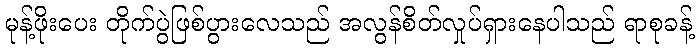
မုန့်ဖိုးပေး တိုက်ပွဲဖြစ်ပွားလေသည် အလွန်စိတ်လှုပ်ရှားနေပါသည် ရာစုခန့်